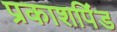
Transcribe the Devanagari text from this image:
प्रकाशपिंड